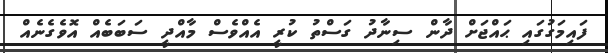
ފައިމަގުގައި ޙައްޖަށް ދާން ސިނާދު ގަސްތު ކުރީ އެއްވެސް މާއްދީ ސަބަބެއް އޮވެގެނެއް